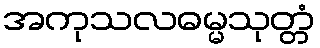
အကုသလဓမ္မသုတ္တံ